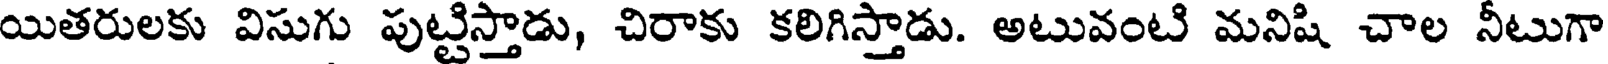
యితరులకు విసుగు పుట్టిస్తాడు, చిరాకు కలిగిస్తాడు. అటువంటి మనిషి చాల నీటుగా